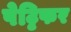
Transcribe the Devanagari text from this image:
पेट्टिफर